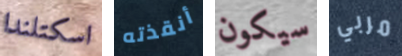
اسكتلندا أنقذته سيكون مربي